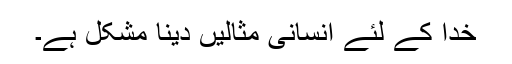
خدا کے لئے انسانی مثالیں دینا مشکل ہے۔